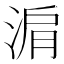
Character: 𬇽